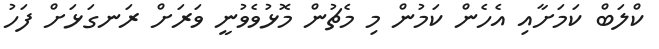
ކްލަބް ކަމަށާއި އެހެން ކަމުން މި މެޗުން މޮޅުވެވުނީ ވަރަށް ރަނގަޅަށް ފަހު